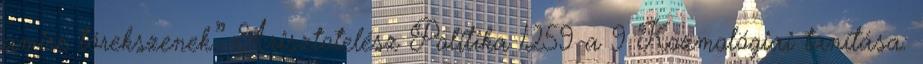
amire törekszenek.” Arisztotelész Politika 1259 a 9 Kozmológiai tanítása: